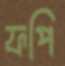
ফপি